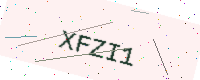
Text: XFZI1